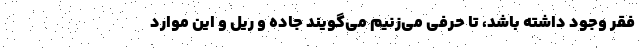
فقر وجود داشته باشد، تا حرفی می‌زنیم می‌گویند جاده و ریل و این موارد